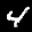
Label: 4